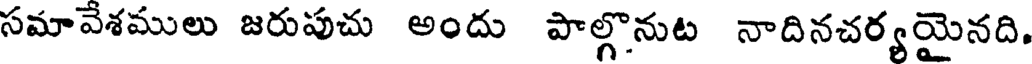
సమావేశములు జరుపుచు అందు పాల్గొనుట నాదినచర్యయైనది,